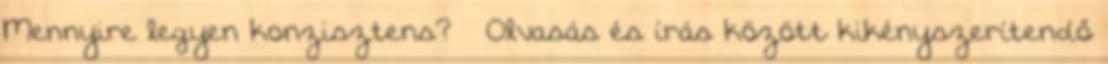
Mennyire legyen konzisztens? – Olvasás és írás között kikényszerítendő